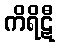
ကိရိဋီ